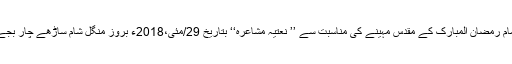
25 مئی2018ء) حسبِ روایت اکادمی ادبیات پاکستان کے زیرِ اہتمام رمضان المبارک کے مقدس مہینے کی مناسبت سے ’’ نعتیہ مشاعرہ‘‘ بتاریخ 29/مئی،2018ء بروز منگل شام ساڑھے چار بجے اکادمی ادبیات پاکستان کے کانفرنس ہال میں منعقد کیا جارہا ہے ۔